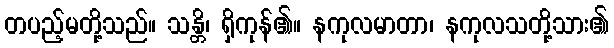
တပည့်မတို့သည်။ သန္တိ၊ ရှိကုန်၏။ နကုလမာတာ၊ နကုလသတို့သား၏